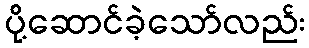
ပို့ဆောင်ခဲ့သော်လည်း